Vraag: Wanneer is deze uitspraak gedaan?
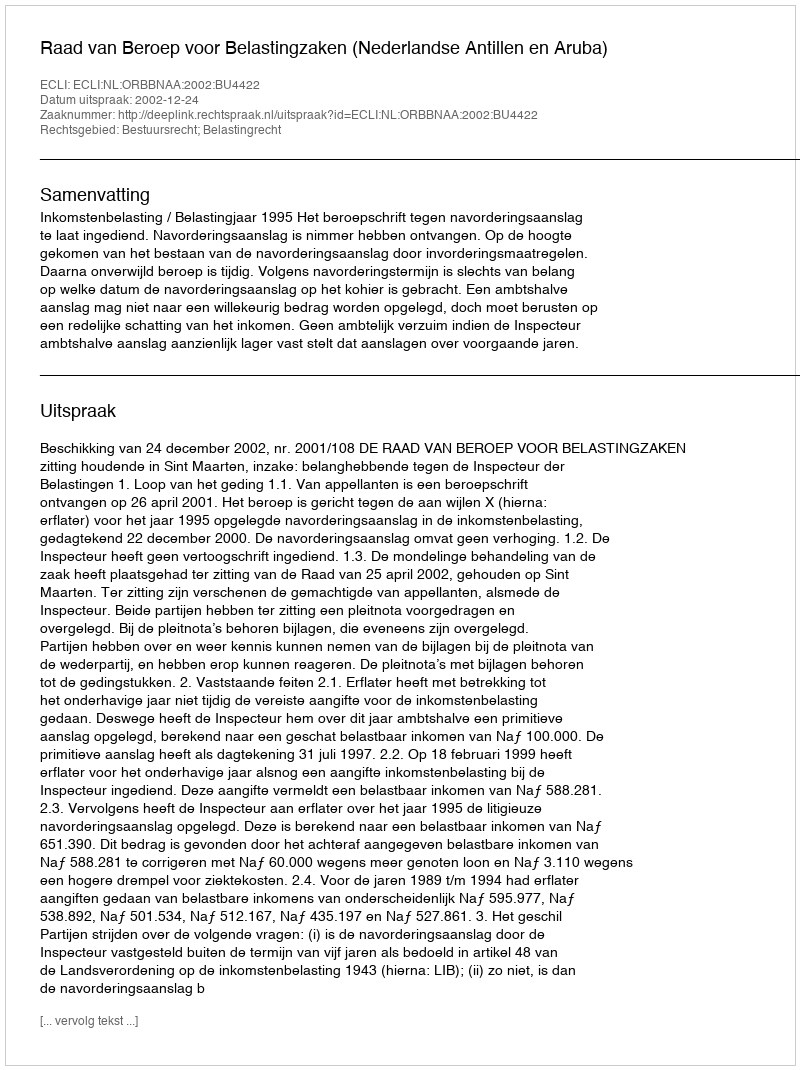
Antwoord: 2002-12-24